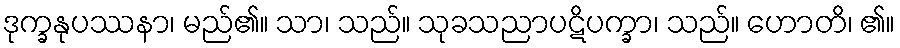
ဒုက္ခနုပဿနာ၊ မည်၏။ သာ၊ သည်။ သုခသညာပဋိပက္ခာ၊ သည်။ ဟောတိ၊ ၏။